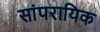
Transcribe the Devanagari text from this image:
सांपरायिक